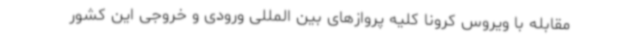
مقابله با ویروس کرونا کلیه پروازهای بین المللی ورودی و خروجی این کشور